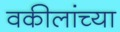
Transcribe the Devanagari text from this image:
वकीलांच्या